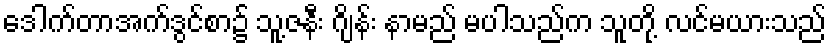
ဒေါက်တာအက်ဒွင်စာ၌ သူ့ဇနီး ဂျိန်း နာမည် မပါသည်က သူတို့ လင်မယားသည်